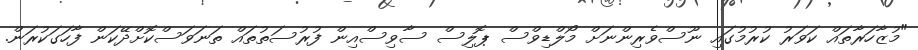
"މުޒާހަރާތައް ކަވަރު ކުރުމުގައި ނޫސްވެރިންނަށް މޯލްޑިވްސް ޕޮލިސް ސާވިސްއިން ފުރުސަތުތައް ތަނަވަސްކޮށްދޭކަން ފާހަގަކުރަން.